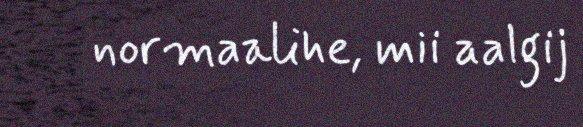
normaalihe, mii aalgij